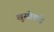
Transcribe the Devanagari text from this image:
खुस्रोकडे